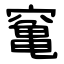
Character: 䆴